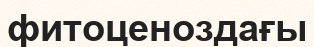
фитоценоздағы